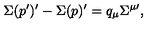
\Sigma ( p ^ { \prime } ) ^ { \prime } - \Sigma ( p ) ^ { \prime } = q _ { \mu } \Sigma ^ { \mu \prime } ,